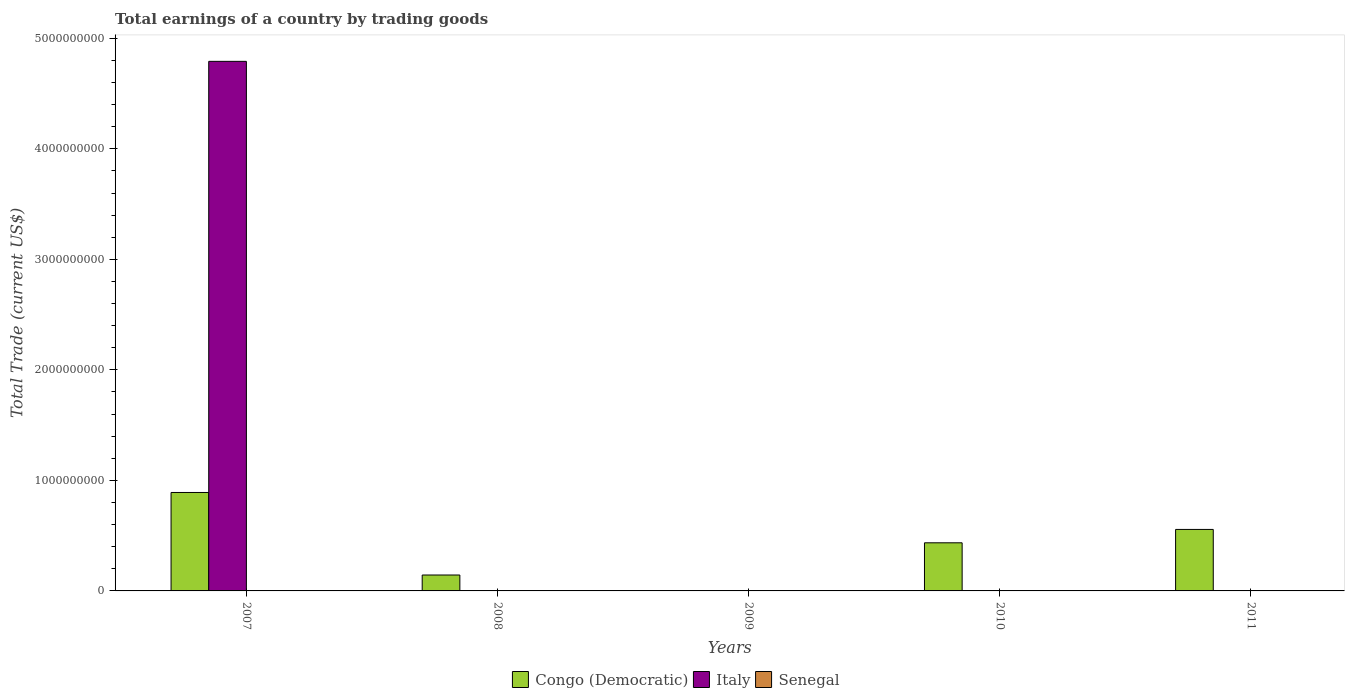
| Years | Congo (Democratic) | Italy | Senegal |
 | --- | --- | --- | --- |
 | 2007 | 8.91e+08 | 4.79e+09 | -2.47e+09 |
 | 2008 | 1.44e+08 | -3.97e+09 | -3.39e+09 |
 | 2009 | -5.78e+08 | -3.28e+08 | -2.03e+09 |
 | 2010 | 4.35e+08 | -2.91e+10 | -1.92e+09 |
 | 2011 | 5.56e+08 | -2.58e+10 | -2.51e+09 |